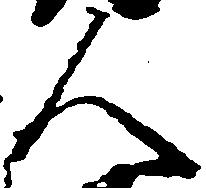
人